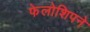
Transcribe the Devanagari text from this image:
फेलोशिपने